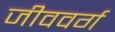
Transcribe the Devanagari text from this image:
जीववर्ग